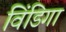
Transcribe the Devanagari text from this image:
विंडिगा